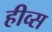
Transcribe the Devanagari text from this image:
हीव्स